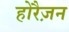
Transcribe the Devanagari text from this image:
होरैज़न